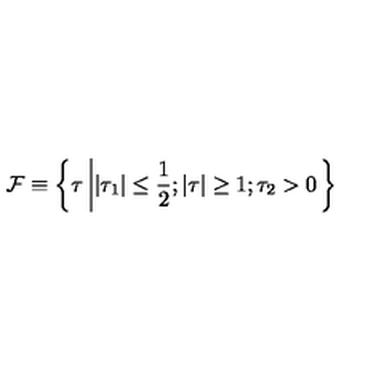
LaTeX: { \cal F } \equiv \left\{ \tau \left| | \tau _ { 1 } | \leq \frac { 1 } { 2 } ; \vert \tau \vert \geq 1 ; \tau _ { 2 } > 0 \right. \right\}